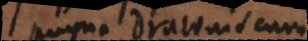
pugna draconis cum